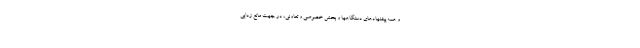
و همه پیشنهادهای دستگاهها و بخش خصوصی و تعاونی، در جهت مانع زدایی